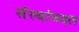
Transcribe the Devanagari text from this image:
संस्थांबद्दल